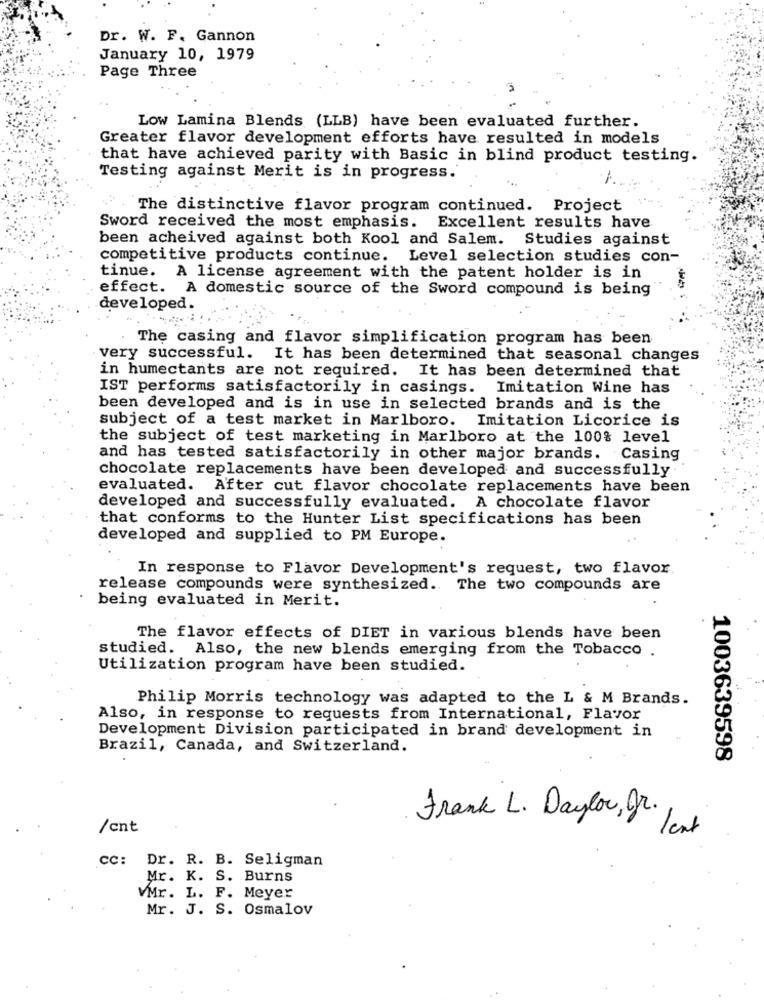
Dr. W. F. Gannon
January 10, 1979
Page Three
Low Lamina Blends (LLB) have been evaluated further.
Greater flavor development efforts have resulted in models
that have achieved parity with Basic in blind product testing.
Testing against Merit is in progress.
The distinctive flavor program continued. Project
Sword received the most emphasis. Excellent results have
been acheived against both Kool and Salem. Studies against
competitive products continue. Level selection studies con-
tinue. A license agreement with the patent holder is in
effect. A domestic source of the Sword compound is being
developed.
The casing and flavor simplification program has been
very successful. It has been determined that seasonal changes
in humectants are not required. It has been determined that
IST performs satisfactorily in casings. Imitation Wine has
been developed and is in use in selected brands and is the
subject of a test market in Marlboro. Imitation Licorice is
the subject of test marketing in Marlboro at the 100% level
and has tested satisfactorily in other major brands. Casing
chocolate replacements have been developed and successfully
evaluated. After cut flavor chocolate replacements have been
developed and successfully evaluated. A chocolate flavor
that conforms to the Hunter List specifications has been
developed and supplied to PM Europe.
In response to Flavor Development's request, two flavor
release compounds were synthesized. The two compounds are
being evaluated in Merit.
The flavor effects of DIET in various blends have been
studied. Also, the new blends emerging from the Tobacco .
Utilization program have been studied.
Philip Morris technology was adapted to the L & M Brands.
Also, in response to requests from International, Flavor
Development Division participated in brand development in
Brazil, Canada, and Switzerland.
1003639598
/cnt
Frank L. Daylor, r. Jest
cc: Dr. R. B. Seligman
Mr. K. S. Burns
VMr. L. F. Meyer
Mr. J. S. Osmalov